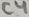
Text: C4